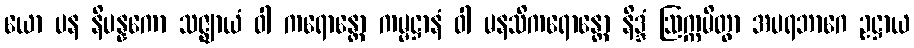
ယော ပန နိပန္နကော သဇ္ဈာယံ ဝါ ကရောန္တော ကမ္မဋ္ဌာနံ ဝါ မနသိကရောန္တော နိဒ္ဒံ ဩက္ကမိတွာ အပရဘာဂေ ဥဋ္ဌာယ